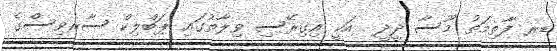
ޑރ ފާތިމަތު މޫސާ ދީދީ  އަކީ އިގިރޭސި ވިލާތުގައި ޕަބްލިކް ސާރވިސްގެ